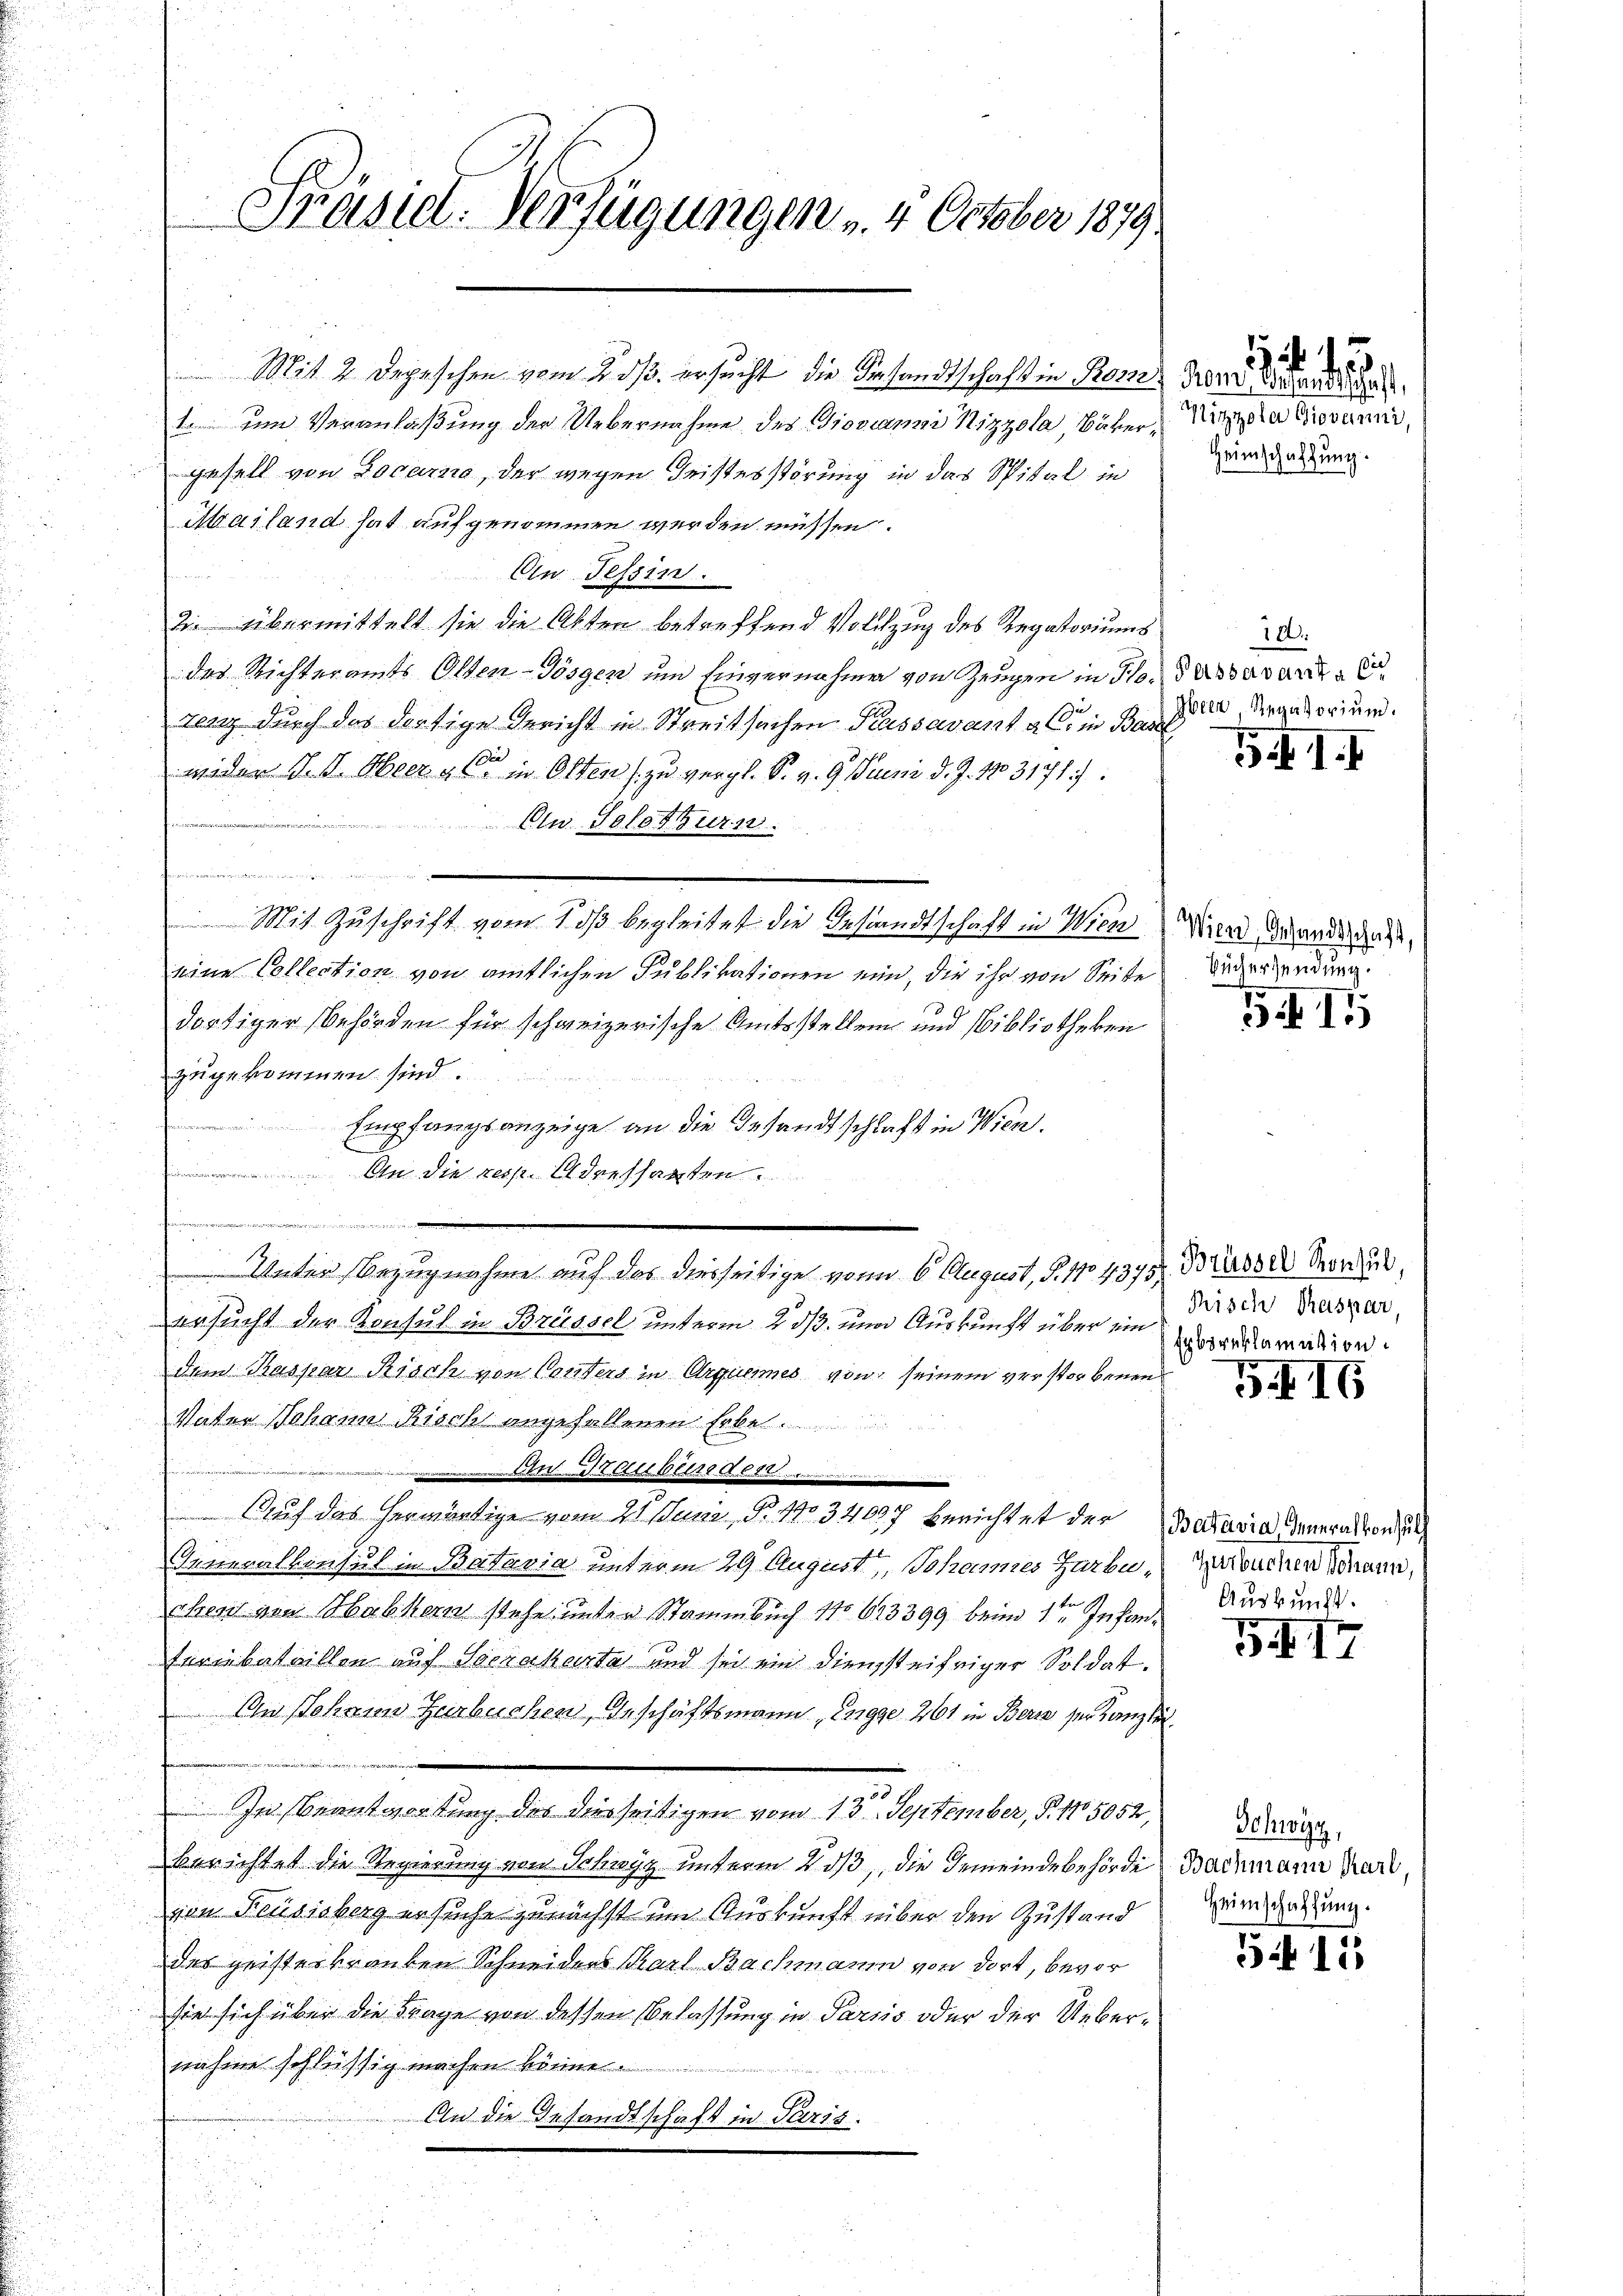
Präsid. Verfügungen u. 4 October 1879.

Mit 2 Depeschen vom 2. ds. ersucht die Gesandtschaft in Rom der Brandien
1. den Veranlaßung der Uebernahme des Giovan Nizzola, Bäkergesell von Locarno, der wegen Fristesstörung in das Spital in
Mailand hat aufgenommen werden müssen.
Ein Tessin.
2. übermittelt sie die Akten betreffend Vollzug des Regatoriums
des Richteramts Olten-Gösgen um Einvernahme von Zeugen in Houssard E
tenz durch das dortige Gericht in Streitsachen Passavant als in Beisit dergatorium
wider d. J. Oberg in Olten zu vergl. S. v. 9. Juni d. J. 1803171).
e
Ein Solothurn

Mit Zuschrift vom Soß begleitet die Gesandtschaft in Wien
eine Collection von amtlichen Publikationen ein, die ihr von Seite
dortiger Behörden für schweizerische Amtsstellen und Bibliotheken
zugekommen sind.
Empfangsanzeige an die Gesandtschlaft in Wien.
 An die resp. Adressanten

Unter Bezugnahme auf das diesseitige von 6. August, S. 104375. Fridor Vorzul
ersucht der Konsul in Brüssel unterm 2. ds. und Auskunft über ein
dem Kaspar Risch von Penters in Argumes von seinem verstorbenen
Vater Johann Rischt angefallenen Erbe
Ateliebter Act
Auf das herwärtige vom 27. Juni, S. 1034097 berichtet der Batavia deneralkon zu
Ieneralkonsul in Batavia unterm 29 August, Johannes Garbuehen ein Habkern stehe unter Stammbuch 11 683399 beim 1ten Infan¬
Feriebataillen auf Socrakarta und sei ein diensteifriger Soldat
An Jahren Herbuchen, Geschäftsmann, Engge 261 in Berin ser Kanzlei
ine
In Beantwortung des diesseitigen vom 13. September, S. 15052,
berichtet die Regierung von Schwyz unterm 2ds, die Gemeindebehörde Bachmann Karl
von Feusisberg ersuche zunächst um Auskunft über den Zustand
des geisteskranken Schneiders Karl Bachmann von dort, bevor
sie sich über die Frage von dessen Belassung in Parsis oder der Uebernahme schlüssig machen könne.
An die Gesandtschaft in Paris.

Nichtola Giovanni,
Heimschaffung.

15
.

180.

541. I

Wien, Gesandtschaft,
Büchersendung.

S. 11

Risch Caspar,
Erbsreklamation

SIG

gebuchen Johann,
Auskunft.

5417

511

Schwyz,
Heimschaffung.